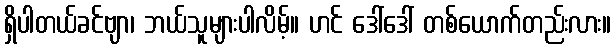
ရှိပါတယ်ခင်ဗျာ၊ ဘယ်သူများပါလိမ့်။ ဟင် ဒေါ်ဒေါ် တစ်ယောက်တည်းလား။